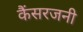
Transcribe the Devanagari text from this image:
कैंसरजनी